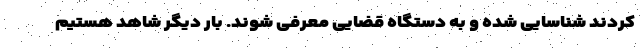
کردند شناسایی شده و به دستگاه قضایی معرفی شوند. بار دیگر شاهد هستیم